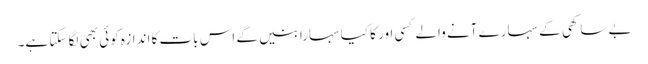
بے ساکھی کے سہارے آنے والے کسی اور کا کیا سہارا بنیں گے اس بات کا اندازہ کوئی بھی لگا سکتا ہے۔